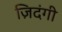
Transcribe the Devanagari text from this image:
ज़िदंगी